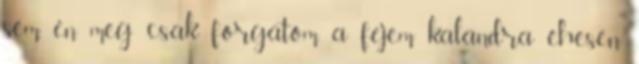
sem, én meg csak forgatom a fejem kalandra éhesen.